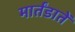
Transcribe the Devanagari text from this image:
मार्तंडातें